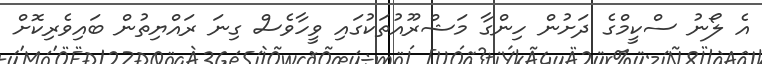
އެ ލޯނު ސްކީމްގެ ދަށުން ހިންގާ މަޝްރޫއުތަކުގައި ވީހާވެސް ގިނަ ރައްޔިތުން ބައިވެރިކޮށް